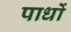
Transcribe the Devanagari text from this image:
पाधों